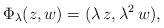
\begin{align*}\Phi_\lambda( z,w) = (\lambda\,z, \lambda^2\,w),\end{align*}